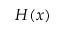
H ( x )